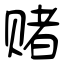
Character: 赌